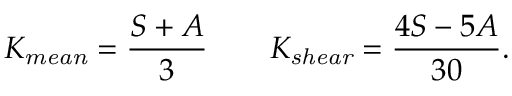
K _ { \it m e a n } = \frac { S + A } 3 \qquad K _ { \it s h e a r } = \frac { 4 S - 5 A } { 3 0 } .